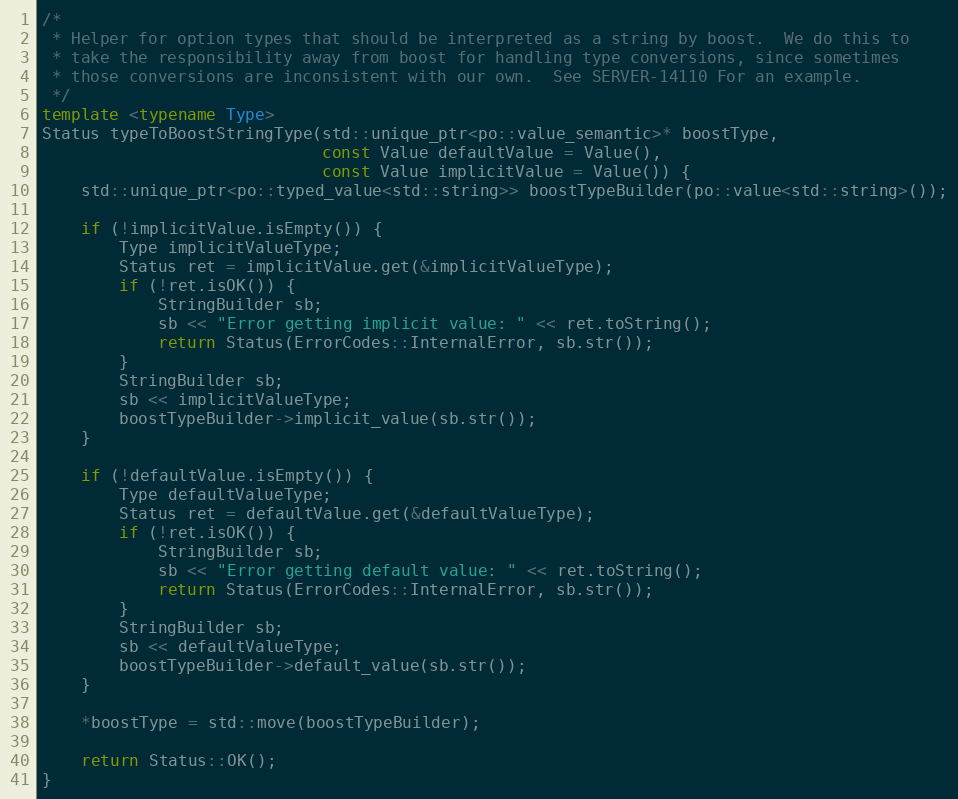
Language: C++
/*
 * Helper for option types that should be interpreted as a string by boost.  We do this to
 * take the responsibility away from boost for handling type conversions, since sometimes
 * those conversions are inconsistent with our own.  See SERVER-14110 For an example.
 */
template <typename Type>
Status typeToBoostStringType(std::unique_ptr<po::value_semantic>* boostType,
                             const Value defaultValue = Value(),
                             const Value implicitValue = Value()) {
    std::unique_ptr<po::typed_value<std::string>> boostTypeBuilder(po::value<std::string>());

    if (!implicitValue.isEmpty()) {
        Type implicitValueType;
        Status ret = implicitValue.get(&implicitValueType);
        if (!ret.isOK()) {
            StringBuilder sb;
            sb << "Error getting implicit value: " << ret.toString();
            return Status(ErrorCodes::InternalError, sb.str());
        }
        StringBuilder sb;
        sb << implicitValueType;
        boostTypeBuilder->implicit_value(sb.str());
    }

    if (!defaultValue.isEmpty()) {
        Type defaultValueType;
        Status ret = defaultValue.get(&defaultValueType);
        if (!ret.isOK()) {
            StringBuilder sb;
            sb << "Error getting default value: " << ret.toString();
            return Status(ErrorCodes::InternalError, sb.str());
        }
        StringBuilder sb;
        sb << defaultValueType;
        boostTypeBuilder->default_value(sb.str());
    }

    *boostType = std::move(boostTypeBuilder);

    return Status::OK();
}